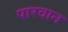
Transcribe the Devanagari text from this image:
पारवान